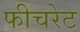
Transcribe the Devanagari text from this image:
फीचरेट